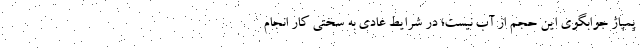
پمپاژ جوابگوی این حجم از آب نیست؛ در شرایط عادی به سختی کار انجام